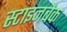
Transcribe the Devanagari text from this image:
स्टाइनबैक